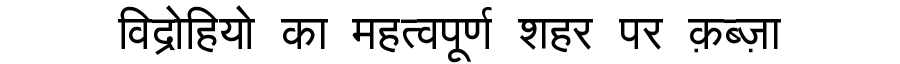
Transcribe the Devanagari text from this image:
विद्रोहियो का महत्वपूर्ण शहर पर क़ब्ज़ा